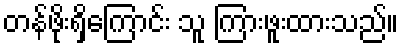
တန်ဖိုးရှိကြောင်း သူ ကြားဖူးထားသည်။